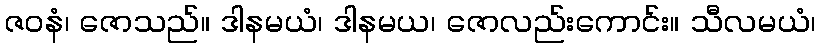
ဇဝနံ၊ ဇောသည်။ ဒါနမယံ၊ ဒါနမယ၊ ဇောလည်းကောင်း။ သီလမယံ၊